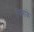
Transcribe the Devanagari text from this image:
पिलाके